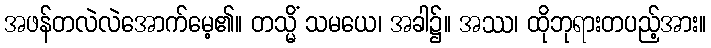
အဖန်တလဲလဲအောက်မေ့၏။ တသ္မိံ သမယေ၊ အခါ၌။ အဿ၊ ထိုဘုရားတပည့်အား။